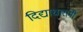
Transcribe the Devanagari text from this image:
दिद्याधारांनी